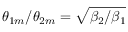
\theta _ { 1 m } / \theta _ { 2 m } = \sqrt { \beta _ { 2 } / \beta _ { 1 } }